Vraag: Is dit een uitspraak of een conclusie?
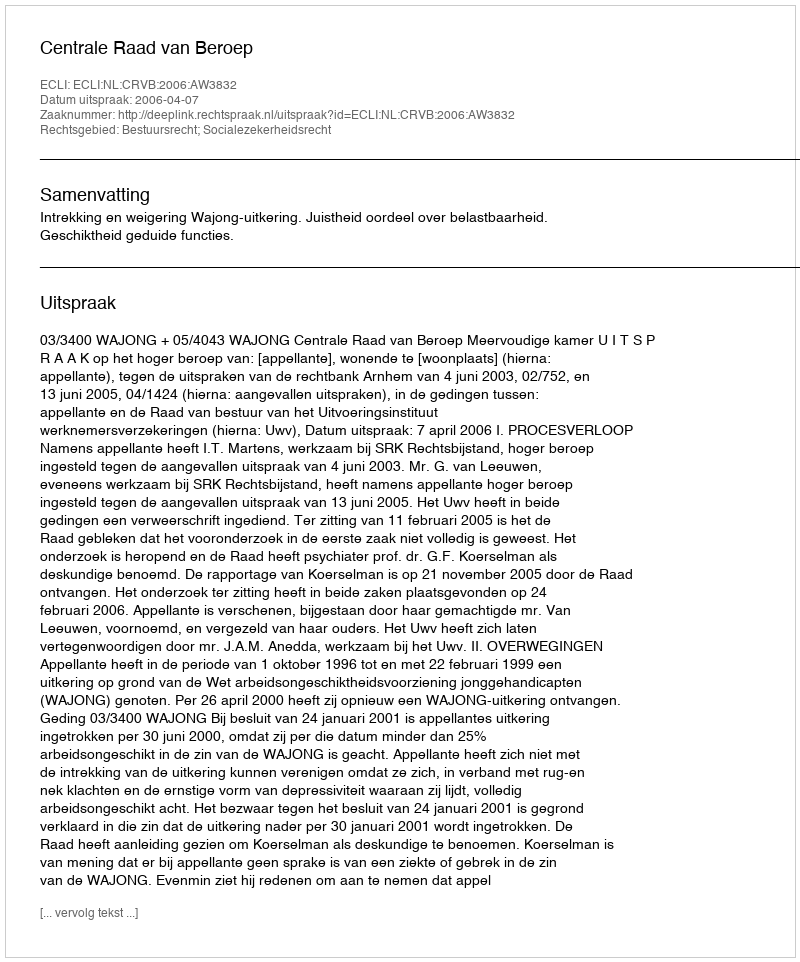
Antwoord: Uitspraak